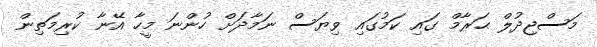
މަސްޖިދުލް ޙަރާމް ގައި ކަމުގައި ވިޔަސް ނަމާދަށް ހުންނަ މީހާ އޭނާ ކުރިމަތިން